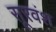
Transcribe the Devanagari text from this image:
सूरवंश